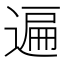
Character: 遍